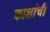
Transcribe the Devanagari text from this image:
काशांचीं